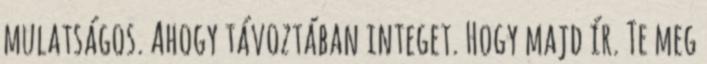
mulatságos. Ahogy távoztában integet. Hogy majd ír. Te meg